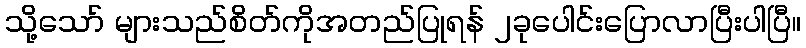
သို့သော် များသည်စိတ်ကိုအတည်ပြုရန် ၂ခုပေါင်းပြောလာပြီးပါပြီ။